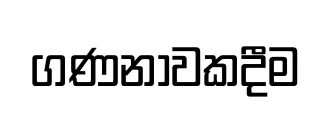
ගණනාවකදීම